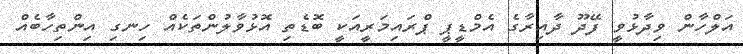
އަލްހާން ވިދާޅުވީ ފޭދޫ ދާއިރާގެ އެމްޑީޕީ ޕްރައިމަރީއަކީ ބޮޑެތި އޮޅުވާލުންތަކެއް ހިނގި އިންތިހާބެއް